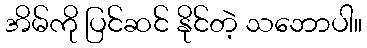
အိမ်ကို ပြင်ဆင် နိုင်တဲ့ သဘောပါ။